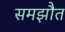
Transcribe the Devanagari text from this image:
समझौत